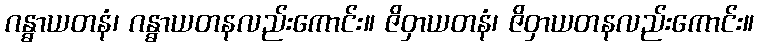
ဂန္ဓာယတနံ၊ ဂန္ဓာယတနလည်းကောင်း။ ဇိဝှာယတနံ၊ ဇိဝှာယတနလည်းကောင်း။